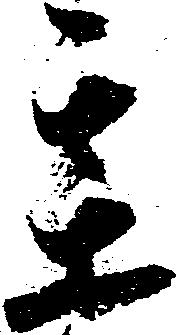
某